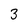
Character: 3